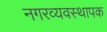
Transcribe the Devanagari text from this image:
नगरव्यवस्थापक